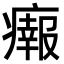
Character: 𤺴